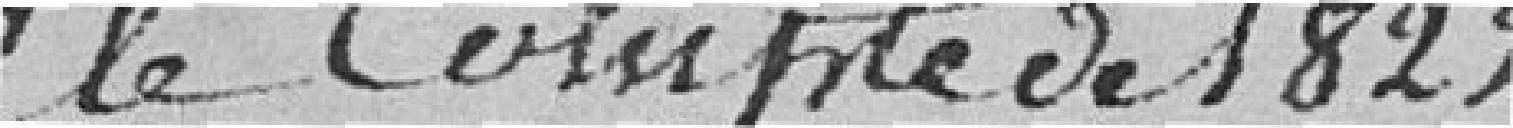
le Compte de 1822